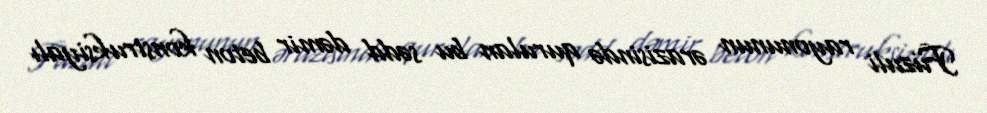
Füzuli rayonunun ərazisində qurulan bu sədd dəmir beton konstruksiyalı